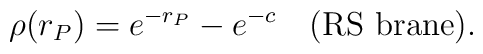
\rho(r_P)=e^{-r_P}-e^{-c}~~~\mbox{(RS brane)}.